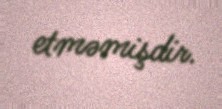
etməmişdir.